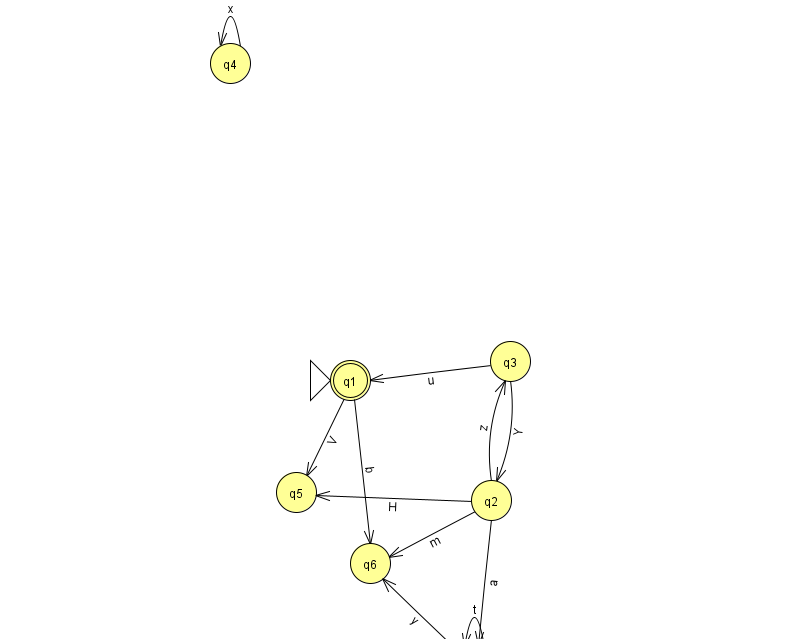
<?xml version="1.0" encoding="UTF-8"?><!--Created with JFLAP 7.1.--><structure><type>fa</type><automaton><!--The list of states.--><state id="0" name="q0"><x>474.0</x><y>651.0</y></state><state id="1" name="q1"><x>350.0</x><y>367.0</y><initial/><final/></state><state id="2" name="q2"><x>491.0</x><y>487.0</y></state><state id="3" name="q3"><x>510.0</x><y>348.0</y></state><state id="4" name="q4"><x>230.0</x><y>50.0</y></state><state id="5" name="q5"><x>296.0</x><y>479.0</y></state><state id="6" name="q6"><x>370.0</x><y>550.0</y></state><!--The list of transitions.--><transition><from>2</from><to>6</to><read>m</read></transition><transition><from>0</from><to>0</to><read>t</read></transition><transition><from>3</from><to>1</to><read>u</read></transition><transition><from>2</from><to>5</to><read>H</read></transition><transition><from>1</from><to>6</to><read>b</read></transition><transition><from>4</from><to>4</to><read>x</read></transition><transition><from>2</from><to>0</to><read>a</read></transition><transition><from>3</from><to>2</to><read>Y</read></transition><transition><from>0</from><to>6</to><read>y</read></transition><transition><from>1</from><to>5</to><read>V</read></transition><transition><from>2</from><to>3</to><read>z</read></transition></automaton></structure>